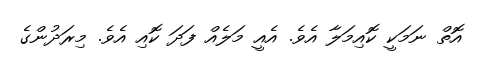
އޮތް ނަމަކީ ކޮއިމަލާ އެވެ. އެއީ މަލެއް ފަދަ ކޮއި އެވެ. މިރަދުންގެ